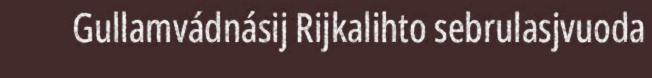
Gullamvádnásij Rijkalihto sebrulasjvuoda